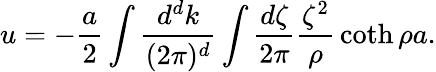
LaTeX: u=-{\frac{a}{2}}\int{\frac{d^{d}k}{(2\pi)^{d}}}\int{\frac{d\zeta}{2\pi}}{\frac{\zeta^{2}}{\rho}}\coth\rho a.